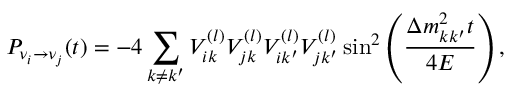
P _ { \nu _ { i } \rightarrow \nu _ { j } } ( t ) = - 4 \sum _ { k \not = k ^ { \prime } } V _ { i k } ^ { ( l ) } V _ { j k } ^ { ( l ) } V _ { i k ^ { \prime } } ^ { ( l ) } V _ { j k ^ { \prime } } ^ { ( l ) } \sin ^ { 2 } \left( { \frac { \Delta m _ { k k ^ { \prime } } ^ { 2 } t } { 4 E } } \right) ,